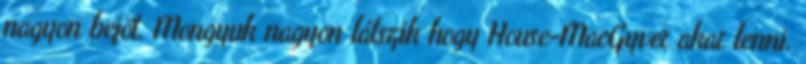
nagyon bejöt. Mongyuk nagyon látszik hogy House-MacGyver akar lenni.